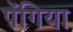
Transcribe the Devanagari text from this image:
पेंगिया